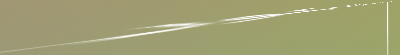
محلات بيع الأثاث والديكور